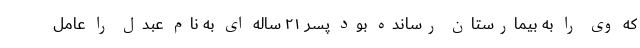
که وی را به بیمارستان رسانده بود پسر ۲۱ ساله ای به نام عبدل را عامل